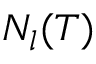
N _ { l } ( T )